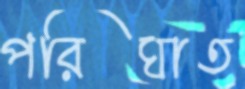
পরিঘাত